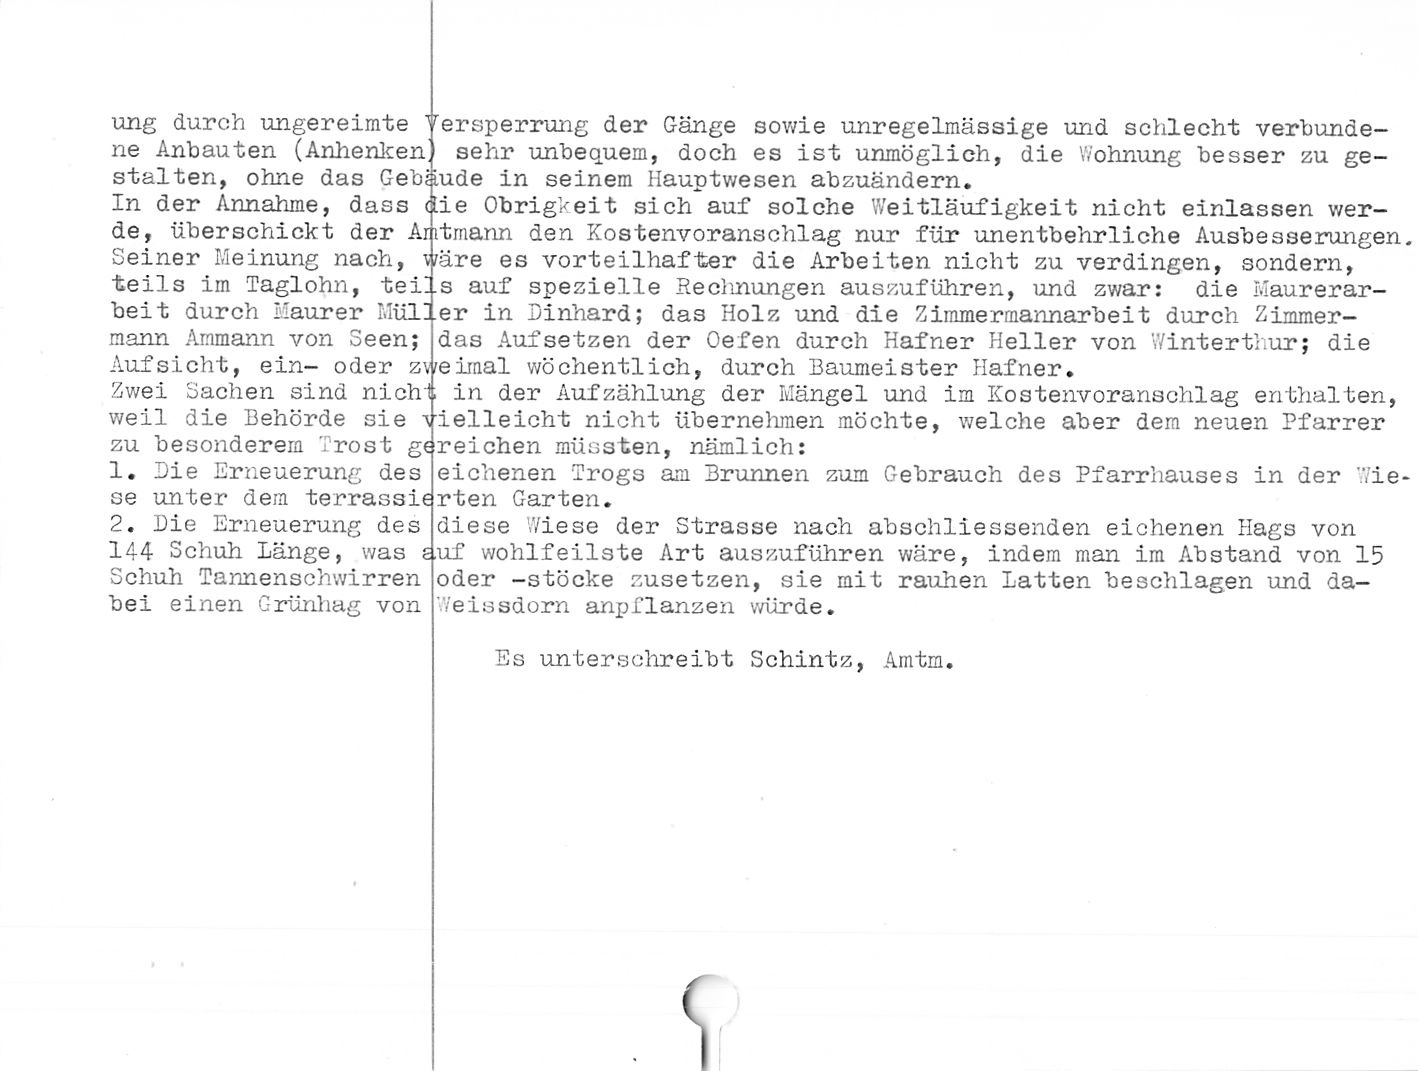
ung durch ungereimte Versperrung der Gänge sowie unregelmässige und schlecht verbunde¬
ne Anbauten (Anhenken sehr unbequem, doch es ist unmöglich, die Wohnung besser zu ge¬
stalten, ohne das Gebäude in seinem Hauptwesen abzuändern.

In der Annahme, dass <J.ie Obrigkeit sich auf solche Weitläufigkeit nicht einlassen wer¬
de, überschickt der Antmann den Kostenvoranschlag nur für unentbehrliche Ausbesserungen.
Seiner Meinung nach, wäre es vorteilhafter die Arbeiten nicht zu verdingen, sondern,
teils im Taglohn, teils auf spezielle Reclmungen auszuführen, und zwar: die Maurerar¬

beit durch Maurer Müller in Dinhard; das Holz und die Zimmermannarbeit durch Zimmer¬
mann Ammann von Seen; das Aufsetzen der Oefen durch Hafner Heller von Winterthur; die
Aufsicht, ein- oder zweimal wöchentlich, durch Baumeister Hafner.

in der Aufzählung der Mängel und im Kostenvoranschlag enthalten,
ieileicht nicht übernehmen möchte, welche aber dem neuen Pfarrer

Zwei Sachen sind nich
weil die Behörde sie
zu besonderem Trost gdreichen müssten, nämlich:

1. Die Erneuerung des

se unter dem terrassierten Garten.

2. Die Erneuerung des
144 Schuh Länge, was ;
Schuh Tannenschwirren
bei einen Grünhag von

eichenen Trogs am Brunnen zum Gebrauch des Pfarrhauses in der Wie-

diese Wiese der Strasse nach abschliessenden eichenen Hags von
•uf wohlfeilste Art auszuführen wäre, indem man im Abstand von 15
oder -stocke zusetzen, sie mit rauhen Latten beschlagen und da-
Weissdom anpflanzen würde.

Es unterschreibt Schintz, Amtm.